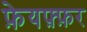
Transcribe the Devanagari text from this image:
फ़ेयफ़्फ़र